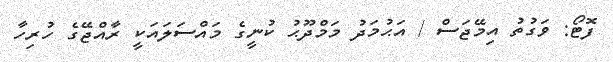
ފޮޓޯ: ވަގުތު އިމޭޖަސް / އަޙުމަދު މަމްދޫޙު ކުނީގެ މައްސަލައަކީ ރާއްޖޭގެ ހުރިހާ